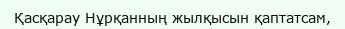
Қасқарау Нұрқанның жылқысын қаптатсам,